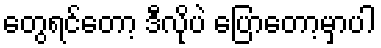
တွေရင်တော့ ဒီလိုပဲ ပြောတော့မှာပါ